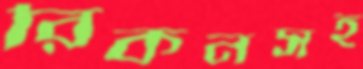
রিকনসহ